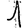
Digit: 1